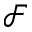
\mathcal { F }